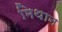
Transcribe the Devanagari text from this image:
मिथान